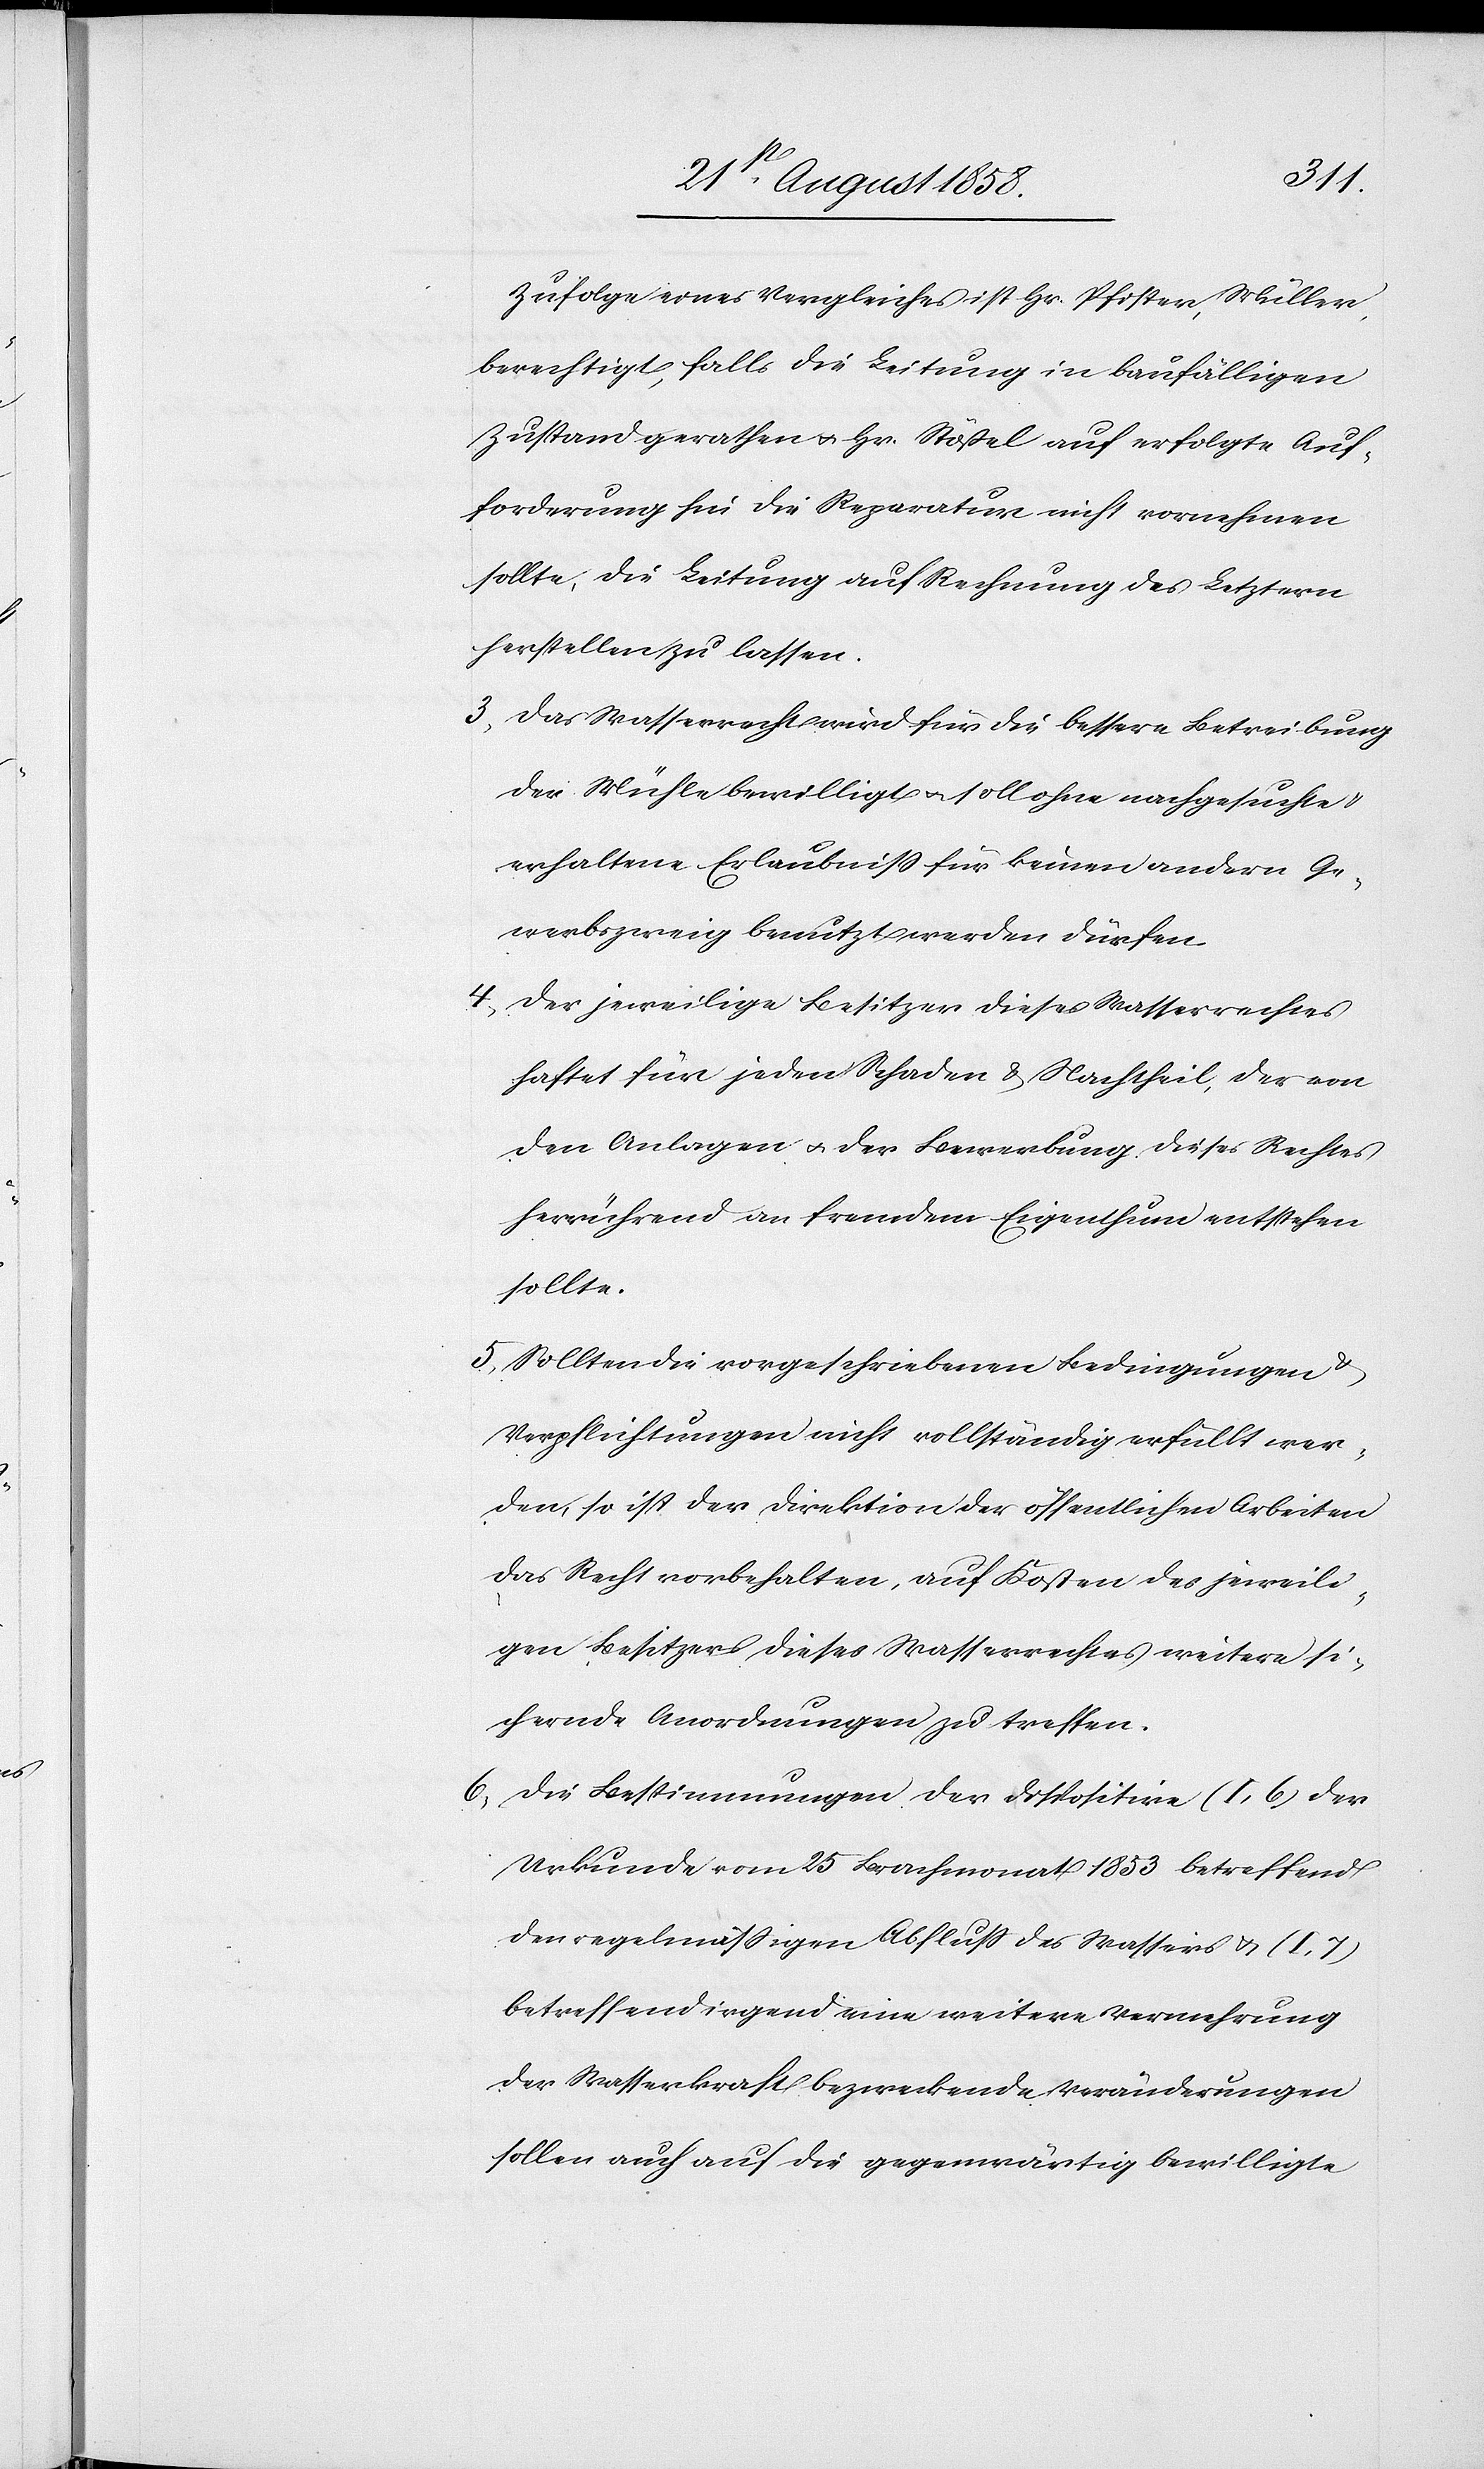
Zufolge eines Vergleiches ist Hr. Pfister, Müller,
berechtigt, falls die Leitung in baufälligen
Zustand gerathen & Hr. Stößel auf erfolgte Auf¬
forderung hin die Reparatur nicht vornehmen
sollte, die Leitung auf Rechnung des Letztern
herstellen zu lassen.
Das Wasserrecht wird für die bessere Betreibung
der Mühle bewilligt & soll ohne nachgesuchte &
erhaltene Erlaubniss für keinen andern Ge¬
werbszweig benutzt werden dürfen.
6.
Der jeweilige Besitzer dieses Wasserrechtes
haftet für jeden Schaden & Nachtheil, der von
den Anlagen & der Bewerbung dieses Rechtes
herrührend an fremdem Eigenthum entstehen
sollte.
Sollten die vorgeschriebenen Bedingungen &
Verpflichtungen nicht vollständig erfüllt wer¬
den, so ist der Direktion der öffentlichen Arbeiten
das Recht vorbehalten, auf Kosten des jeweili¬
gen Besitzers dieses Wasserrechtes weitere si¬
chernde Anordnungen zu treffen.
Urkunde vom 25 Brachmonat 1853 betreffend
den regelmässigen Abfluss des Wassers & (I, 7)
betreffend irgend eine weitere Vermehrung
der Wasserkraft bezweckende Veränderungen
sollen auch auf die gegenwärtig bewilligte